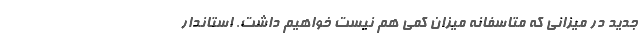
جدید در میزانی که متاسفانه میزان کمی هم نیست خواهیم داشت. استاندار